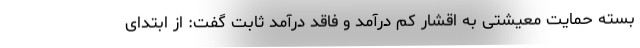
بسته حمایت معیشتی به اقشار کم درآمد و فاقد درآمد ثابت گفت: از ابتدای